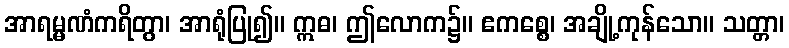
အာရမ္မဏံကရိတွာ၊ အာရုံပြု၍။ ဣဓ၊ ဤလောက၌။ ဧကစ္စေ၊ အချို့ကုန်သော။ သတ္တာ၊